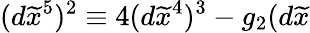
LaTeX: (d\widetilde{x}^{5})^{2}\equiv 4(d\widetilde{x}^{4})^{3}-g_{2}(d\widetilde{x}